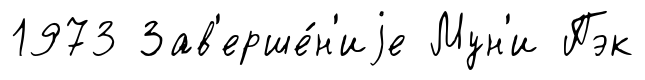
1973 Зав'ерше́н'иjе Мун'и Пэк